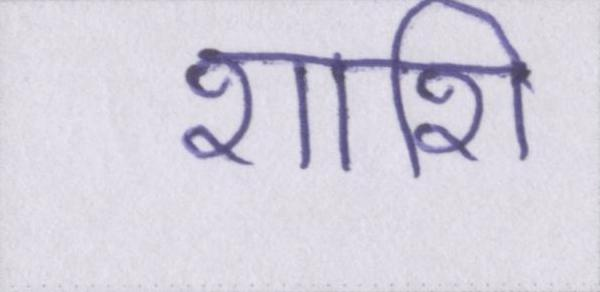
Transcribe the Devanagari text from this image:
शशि